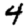
Digit: 4